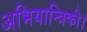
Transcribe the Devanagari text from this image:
अभियान्त्रिकी।